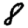
Digit: 8